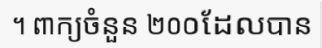
។ ពាក្យចំនួន ២០០ដែលបាន